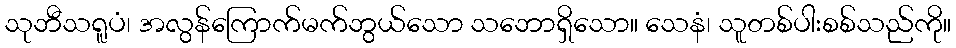
သုဘီသရူပံ၊ အလွန်ကြောက်မက်ဘွယ်သော သဘောရှိသော။ သေနံ၊ သူတစ်ပါးစစ်သည်ကို။